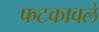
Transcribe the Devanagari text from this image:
फटकावले